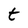
Character: t